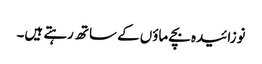
نوزائیدہ بچے ماؤں کے ساتھ رہتے ہیں۔